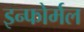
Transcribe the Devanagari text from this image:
इन्फोर्मल